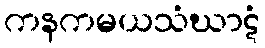
ကနကမယသံဃာဋံ